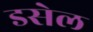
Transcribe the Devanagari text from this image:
डसेल